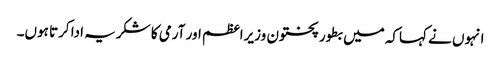
انہوں نے کہاکہ میں بطور پختون وزیراعظم اور آرمی کا شکریہ ادا کرتا ہوں۔